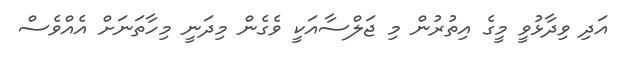
އަދި ވިދާޅުވީ މީގެ އިތުރުން މި ޖަލްސާއަކީ ވެގެން މިދަނީ މިހާތަނަށް އެއްވެސް